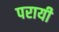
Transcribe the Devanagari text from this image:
परायी